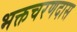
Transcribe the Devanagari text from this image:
भक्तचरणदास